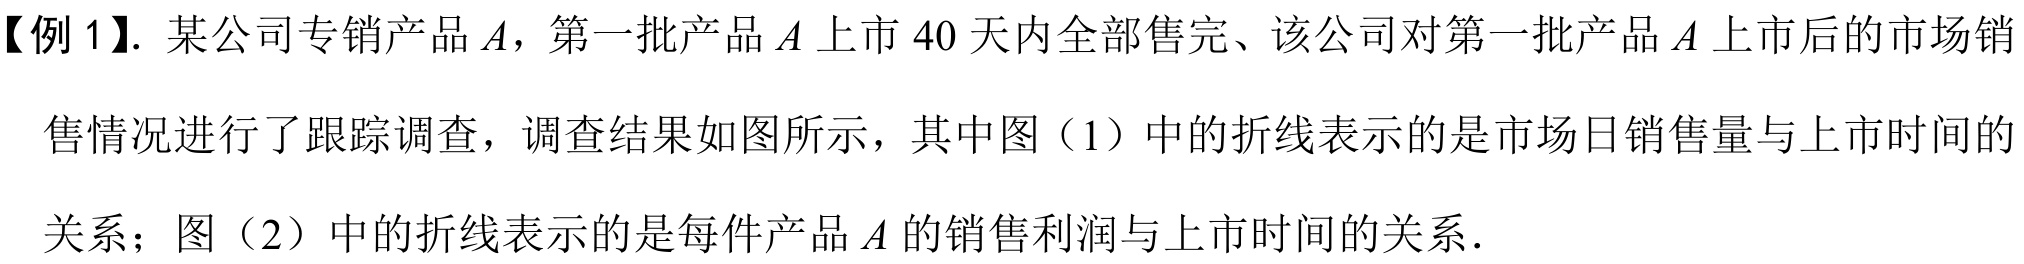
【例 1】. 某公司专销产品\(A\)，第一批产品\(A\)上市\(40\)天内全部售完、该公司对第一批产品\(A\)上市后的市场销
售情况进行了跟踪调查，调查结果如图所示，其中图（1）中的折线表示的是市场日销售量与上市时间的
关系；图（2）中的折线表示的是每件产品\(A\)的销售利润与上市时间的关系．